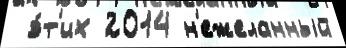
 э́т'их 2014 н'ежеланный